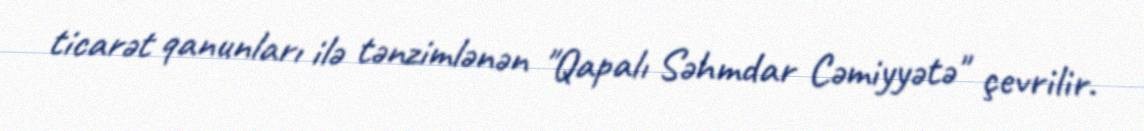
ticarət qanunları ilə tənzimlənən "Qapalı Səhmdar Cəmiyyətə" çevrilir.